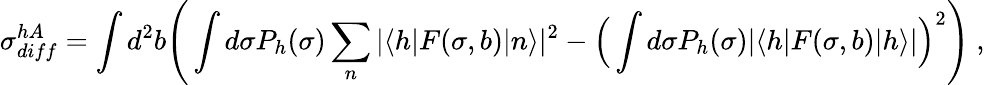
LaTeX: \sigma_{diff}^{hA}=\int d^{2}b\Bigg(\int d\sigma P_{h}(\sigma)\sum_{n}|\langle h|F(\sigma,b)|n\rangle|^{2}-\Big(\int d\sigma P_{h}(\sigma)|\langle h|F(\sigma,b)|h\rangle|\Big)^{2}\Bigg)\ ,